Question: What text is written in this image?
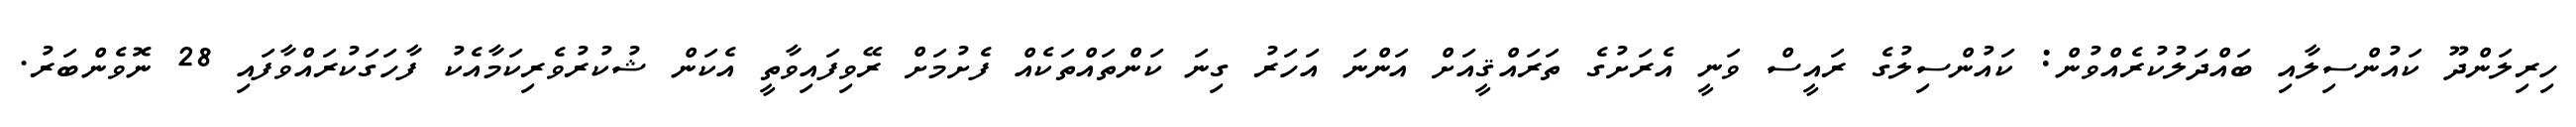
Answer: ހިރިލަންދޫ ކައުންސިލާއި ބައްދަލުކުރެއްވުން: ކައުންސިލުގެ ރައީސް ވަނީ އެރަށުގެ ތަރައްޤީއަށް އަންނަ އަހަރު ގިނަ ކަންތައްތަކެއް ފެށުމަށް ރޭވިފައިވާތީ އެކަން ޝުކުރުވެރިކަމާއެކު ފާހަގަކުރައްވާފައި 28 ނޮވެންބަރު.